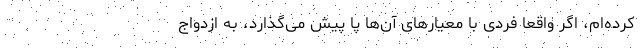
کرده‌ام، اگر واقعا فردی با معیارهای آن‌ها پا پیش می‌گذارد، به ازدواج